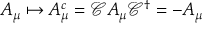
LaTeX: A _ { \mu } \mapsto A _ { \mu } ^ { c } = { \mathcal { C } } A _ { \mu } { \mathcal { C } } ^ { \dagger } = - A _ { \mu }